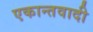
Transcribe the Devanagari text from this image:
एकान्तवादी